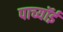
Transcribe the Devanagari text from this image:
पाच्यॉई